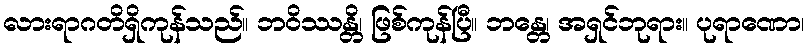
လားရာဂတိရှိကုန်သည်။ ဘဝိဿန္တိ၊ ဖြစ်ကုန်ပြီ။ ဘန္တေ၊ အရှင်ဘုရား။ ပုရာဏော၊